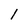
Character: l